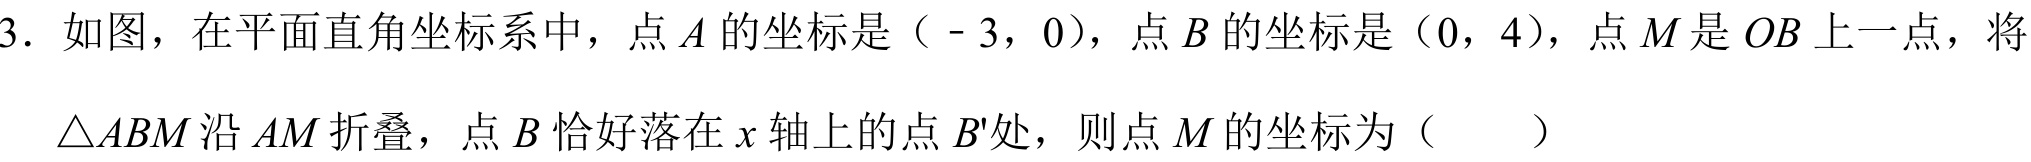
3. 如图，在平面直角坐标系中，点 \(A\) 的坐标是（ - 3，0），点 \(B\) 的坐标是（0，4），点 \(M\) 是 \(OB\) 上一点，将
\(\triangle ABM\) 沿 \(AM\) 折叠，点 \(B\) 恰好落在 \(x\) 轴上的点 \(B'\)处，则点 \(M\) 的坐标为（  ）